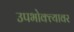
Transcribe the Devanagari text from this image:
उपभोक्त्यावर